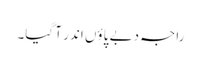
راجہ دبے پاؤں اندر آ گیا۔